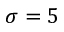
\sigma = 5